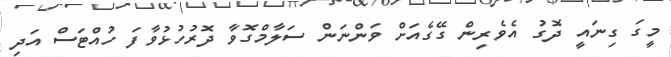
މީގަ ގިނައީ ދޮގު އެވެރިން ގޭގެއަށް ވަންނަން ސަލާމްގޮވާ ދޮރުހުޅުވާފަ ހުއްޓަސް އަދި